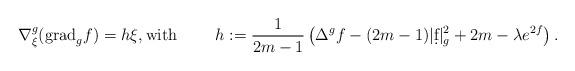
LaTeX: \begin{align*}\nabla^g_\xi({\rm grad} _g f)=h\xi,\hbox{with}\qquad\ h:=\frac1{2m-1}\left(\Delta^g f-(2m-1)|\d f|_g^2+2m-\lambda e^{2f}\right).\end{align*}